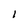
Character: i